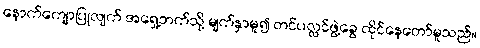
နောက်ကျောပြုလျက် အရှေ့ဘက်သို့ မျက်နှာမူ၍ တင်ပလ္လင်ဖွဲ့ခွေ ထိုင်နေတော်မူသည်။